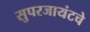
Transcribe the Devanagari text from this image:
सुपरजायंटचे